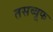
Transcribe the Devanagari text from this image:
तसव्वूफ